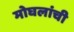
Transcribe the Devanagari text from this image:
मोघलांची